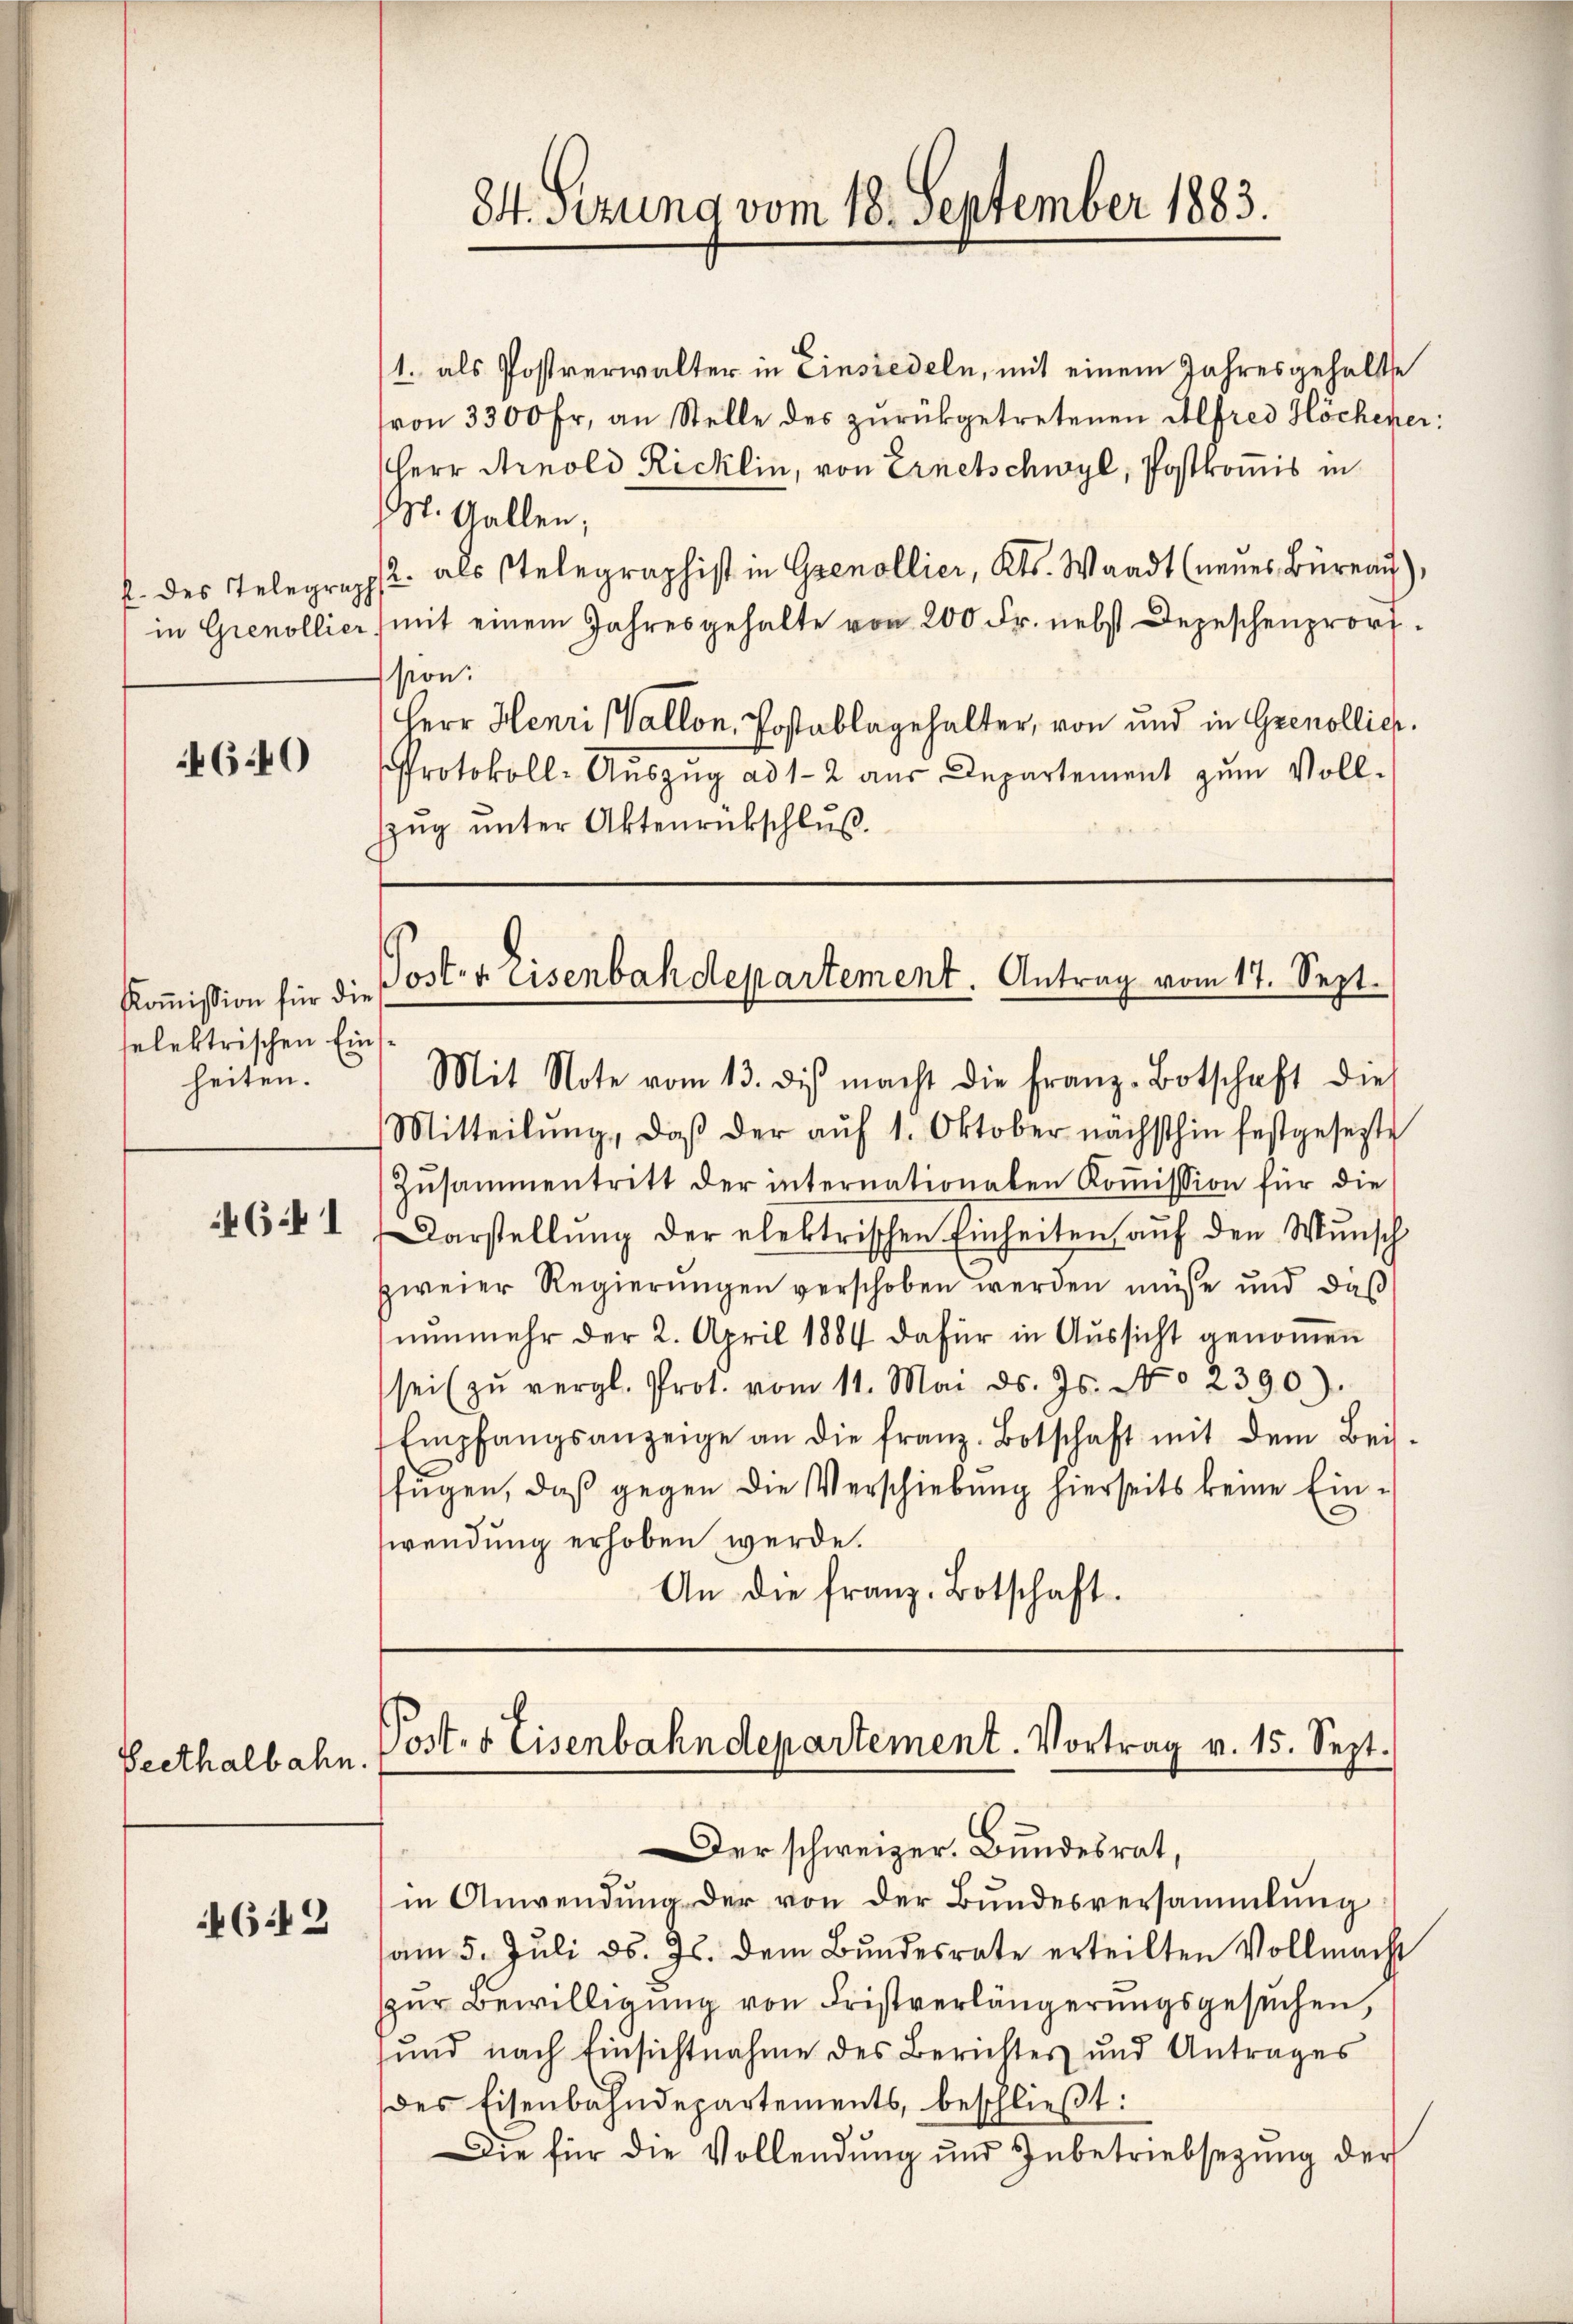
34. Sitzung vom 18. September 1883.

1. als Postverwalter in Einsiedeln, mit einem Jahresgehalte
von 3300 Fr. an Stelle des zŭrückgetretenen Alfred Höchener:
Herr Arnold Ricklin, von Ernetschwyl, Postronis in
M. Gallen,
2. als stelegraphist in Grenollier, Kts. Waadt (neues Büreau),
mit einem Jahresgehalte von 200 Fr. nebst Depeschenprorp.
sion:
Herr Henri (Vallon, Postablagehalter, von und in Grenollich.
Protokoll-Auszug ad 1-2 aus Departement zum Voll-
zzug unter Aktenrückschluß.
Post. v. Eisenbahdepartement. Antrag vom 17. Sept.
1
Mit Note vom 13. dis macht die Franz-Botschaft die
Mitteilŭng, daβ der aŭf 1. Oktober nächsthin festgesezte
Zŭsammentrett der internationalen Koṁission für die
Darstellung der elektrischen Einheiten auf den Wunsch
zweier Regierungen verschoben werden müsse und daß
nŭnmehr der 2. April 1884 dafür in Aŭssicht genoṁen
sei zŭ vergl. Prot. vom 11. Mai d. Js. No 2390).
Empfangsanzeige an die franz. Botschaft mit dem Bei-
fügen, daß gegen die Verschiebung hierseits keine Einwendung erhoben werde.
An die franz. Botschaft.

f. des Telegraph
in Grenollier

4640

Kommission für die
telektrischen Einheiten.

461

Post- & Eisenbahndepartement. Vortrag v. 15. Sept.

Seethalbahn.

Der schweizer. Bundesrat,
in Anwendŭng der von der Bundesversammlung
am 5. Juli d. Js. dem Bundesrate erteilten Vollmacht
zur Bewilligung von Fristverlängerungsgesuchen,
und nach Einsichtnahme des Berichtes und Antrages
des Eisenbahndepartements, beschließt:
Die für die Vollendŭng und Inbetriebsezung der

462